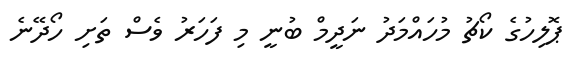
ޕޮލިހުގެ ކޯޗު މުހައްމަދު ނަދީމް ބުނީ މި ފަހަރު ވެސް ތަށި ހޯދޭނެ